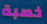
خصبة